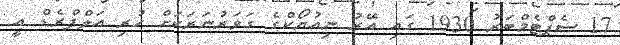
17 ސެޕްޓެމްބަރު 1930 ގައި އޭރު ނިއުޔޯކްގެ ގަވަރުނަރަކަށް ހުރި އަލްފްރެޑް އީ